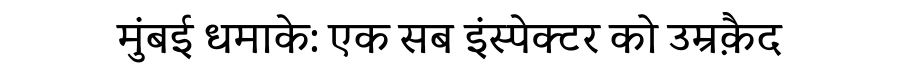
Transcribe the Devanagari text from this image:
मुंबई धमाके: एक सब इंस्पेक्टर को उम्रक़ैद